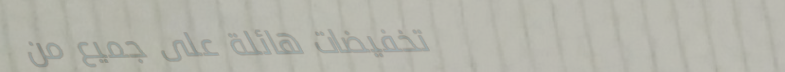
تخفيضات هائلة على جميع من